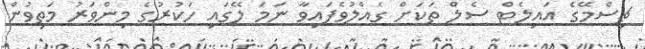
ޗިސްމޭގެ އައިލެޓް ސެލް ތަކަށް ގެއްލުވެފައިވާ ނަމަ ލޭގައި ހަކުރުގެ މިންވަރު މަތިވުން